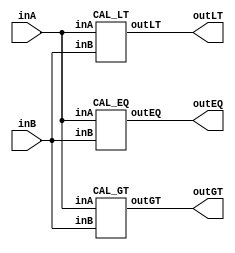
/* CSED273 lab2 experiment 1 */
/* lab2_1.v */

/* Unsimplifed equation
 * You are allowed to use keword "assign" and operator "&","|","~",
 * or just implement with gate-level-modeling (and, or, not) */
module lab2_1(
    output wire outGT, outEQ, outLT,
    input wire [1:0] inA,
    input wire [1:0] inB
    );

    CAL_GT cal_gt(outGT, inA, inB);
    CAL_EQ cal_eq(outEQ, inA, inB);
    CAL_LT cal_lt(outLT, inA, inB);
    
endmodule

/* Implement output about "A>B" */
module CAL_GT(
    output wire outGT,
    input wire [1:0] inA,
    input wire [1:0] inB
    );

    ////////////////////////
    /* Add your code here */
    
    // Minterm form : A1A0B1B0
    wire m4, m8, m9, m12, m13, m14;
    
    // Subwire to make minterm
    wire m4A, m4B;
    wire m8A, m8B;
    wire m9A, m9B;
    wire m12A, m12B;
    wire m13A, m13B;
    wire m14A, m14B;
    
    // Make m4 term
    assign m4A = ~inA[1] & inA[0];
    assign m4B = ~inB[1] & ~inB[0];
    assign m4 = m4A & m4B;
    
    // Make m8 term
    assign m8A = inA[1] & ~inA[0];
    assign m8B = ~inB[1] & ~inB[0];
    assign m8 = m8A & m8B;
    
    // Make m9 term
    assign m9A = inA[1] & ~inA[0];
    assign m9B = ~inB[1] & inB[0];
    assign m9 = m9A & m9B;
    
    // Make m12 term
    assign m12A = inA[1] & inA[0];
    assign m12B = ~inB[1] & ~inB[0];
    assign m12 = m12A & m12B;
    
    // Make m13 term
    assign m13A = inA[1] & inA[0];
    assign m13B = ~inB[1] & inB[0];
    assign m13 = m13A & m13B;
    
    // Make m14 term
    assign m14A = inA[1] & inA[0];
    assign m14B = inB[1] & ~inB[0];
    assign m14 = m14A & m14B;
    
    // Output
    assign outGT = m4 | m8 | m9 | m12 | m13 | m14;
    ////////////////////////

endmodule

/* Implement output about "A=B" */
module CAL_EQ(
    output wire outEQ,
    input wire [1:0] inA, 
    input wire [1:0] inB
    );

    ////////////////////////
    /* Add your code here */
    
    // Minterm form : A1A0B1B0
    wire m0, m5, m10, m15;
    
    // Subwire to make minterm
    wire m0A, m0B;
    wire m5A, m5B;
    wire m10A, m10B;
    wire m15A, m15B;
    
    // Make m0 term
    assign m0A = ~inA[1] & ~inA[0];
    assign m0B = ~inB[1] & ~inB[0];
    assign m0 = m0A & m0B;
    
    // Make m5 term
    assign m5A = ~inA[1] & inA[0];
    assign m5B = ~inB[1] & inB[0];
    assign m5 = m5A & m5B;
    
    // Make m10 term
    assign m10A = inA[1] & inA[0];
    assign m10B = inB[1] & inB[0];
    assign m10 = m10A & m10B;
    
    // Make m15A
    assign m15A = inA[1] & ~inA[0];
    assign m15B = inB[1] & ~inB[0];
    assign m15 = m15A & m15B;
    
    // Output
    assign outEQ = m0 | m5 | m10 | m15;
    
    ////////////////////////

endmodule

/* Implement output about "A<B" */
module CAL_LT(
    output wire outLT,
    input wire [1:0] inA, 
    input wire [1:0] inB
    );

    ////////////////////////
    /* Add your code here */
    
    // Minterm form : A1A0B1B0
    wire m1, m2, m3, m6, m7 ,m15;
    
    // Subwire to make minterm
    wire m1A, m1B;
    wire m2A, m2B;
    wire m3A, m3B;
    wire m6A, m6B;
    wire m7A, m7B;
    wire m15A, m15B;
    
    // Make m1 term
    assign m1A = ~inA[1] & ~inA[0];
    assign m1B = ~inB[1] & inB[0];
    assign m1 = m1A & m1B;
    
    assign m2A = ~inA[1] & ~inA[0];
    assign m2B = inB[1] & ~inB[0];
    assign m2 = m2A & m2B;
    
    assign m3A = ~inA[1] & ~inA[0];
    assign m3B = inB[1] & inB[0];
    assign m3 = m3A & m3B;
    
    assign m6A = ~inA[1] & inA[0];
    assign m6B = inB[1] & ~inB[0];
    assign m6 = m6A & m6B;
    
    assign m7A = ~inA[1] & inA[0];
    assign m7B = inB[1] & inB[0];
    assign m7 = m7A & m7B;
    
    assign m15A = inA[1] & ~inA[0];
    assign m15B = inB[1] & inB[0];
    assign m15 = m15A & m15B;
    
    assign outLT = m1 | m2 | m3 | m6 | m7 | m15;
    ////////////////////////

endmodule